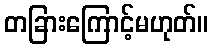
တခြားကြောင့်မဟုတ်။